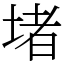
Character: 堵